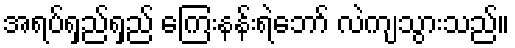
အရပ်ရှည်ရှည် ကြေးနန်းရဲဘော် လဲကျသွားသည်။